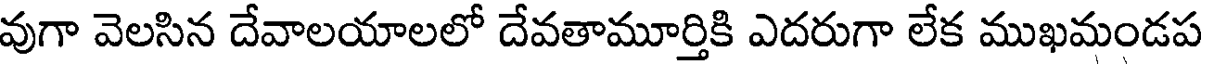
వుగా వెలసిన దేవాలయాలలో దేవతామూర్తికి ఎదరుగా లేక ముఖమండప